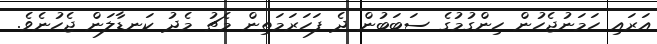
އަރައި ހަމަނުޖެހުން ހިންގުމުގެ ސަބަބުން ދެ ފަހަރަމަތިން މެޗު މެދު ކަނޑާލަން ޖެހުނެވެ.